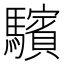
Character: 驞